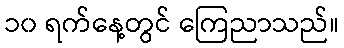
၁၀ ရက်နေ့တွင် ကြေညာသည်။